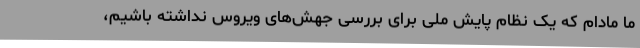
ما مادام که یک نظام پایش ملی برای بررسی جهش‌های ویروس نداشته باشیم،